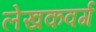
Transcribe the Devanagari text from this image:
लेखकवर्ग